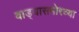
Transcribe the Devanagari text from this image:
वाड्यासमोरच्या